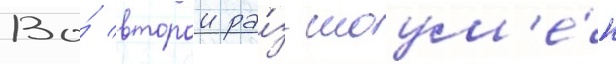
Во́ второи ра́з шоум'е́н